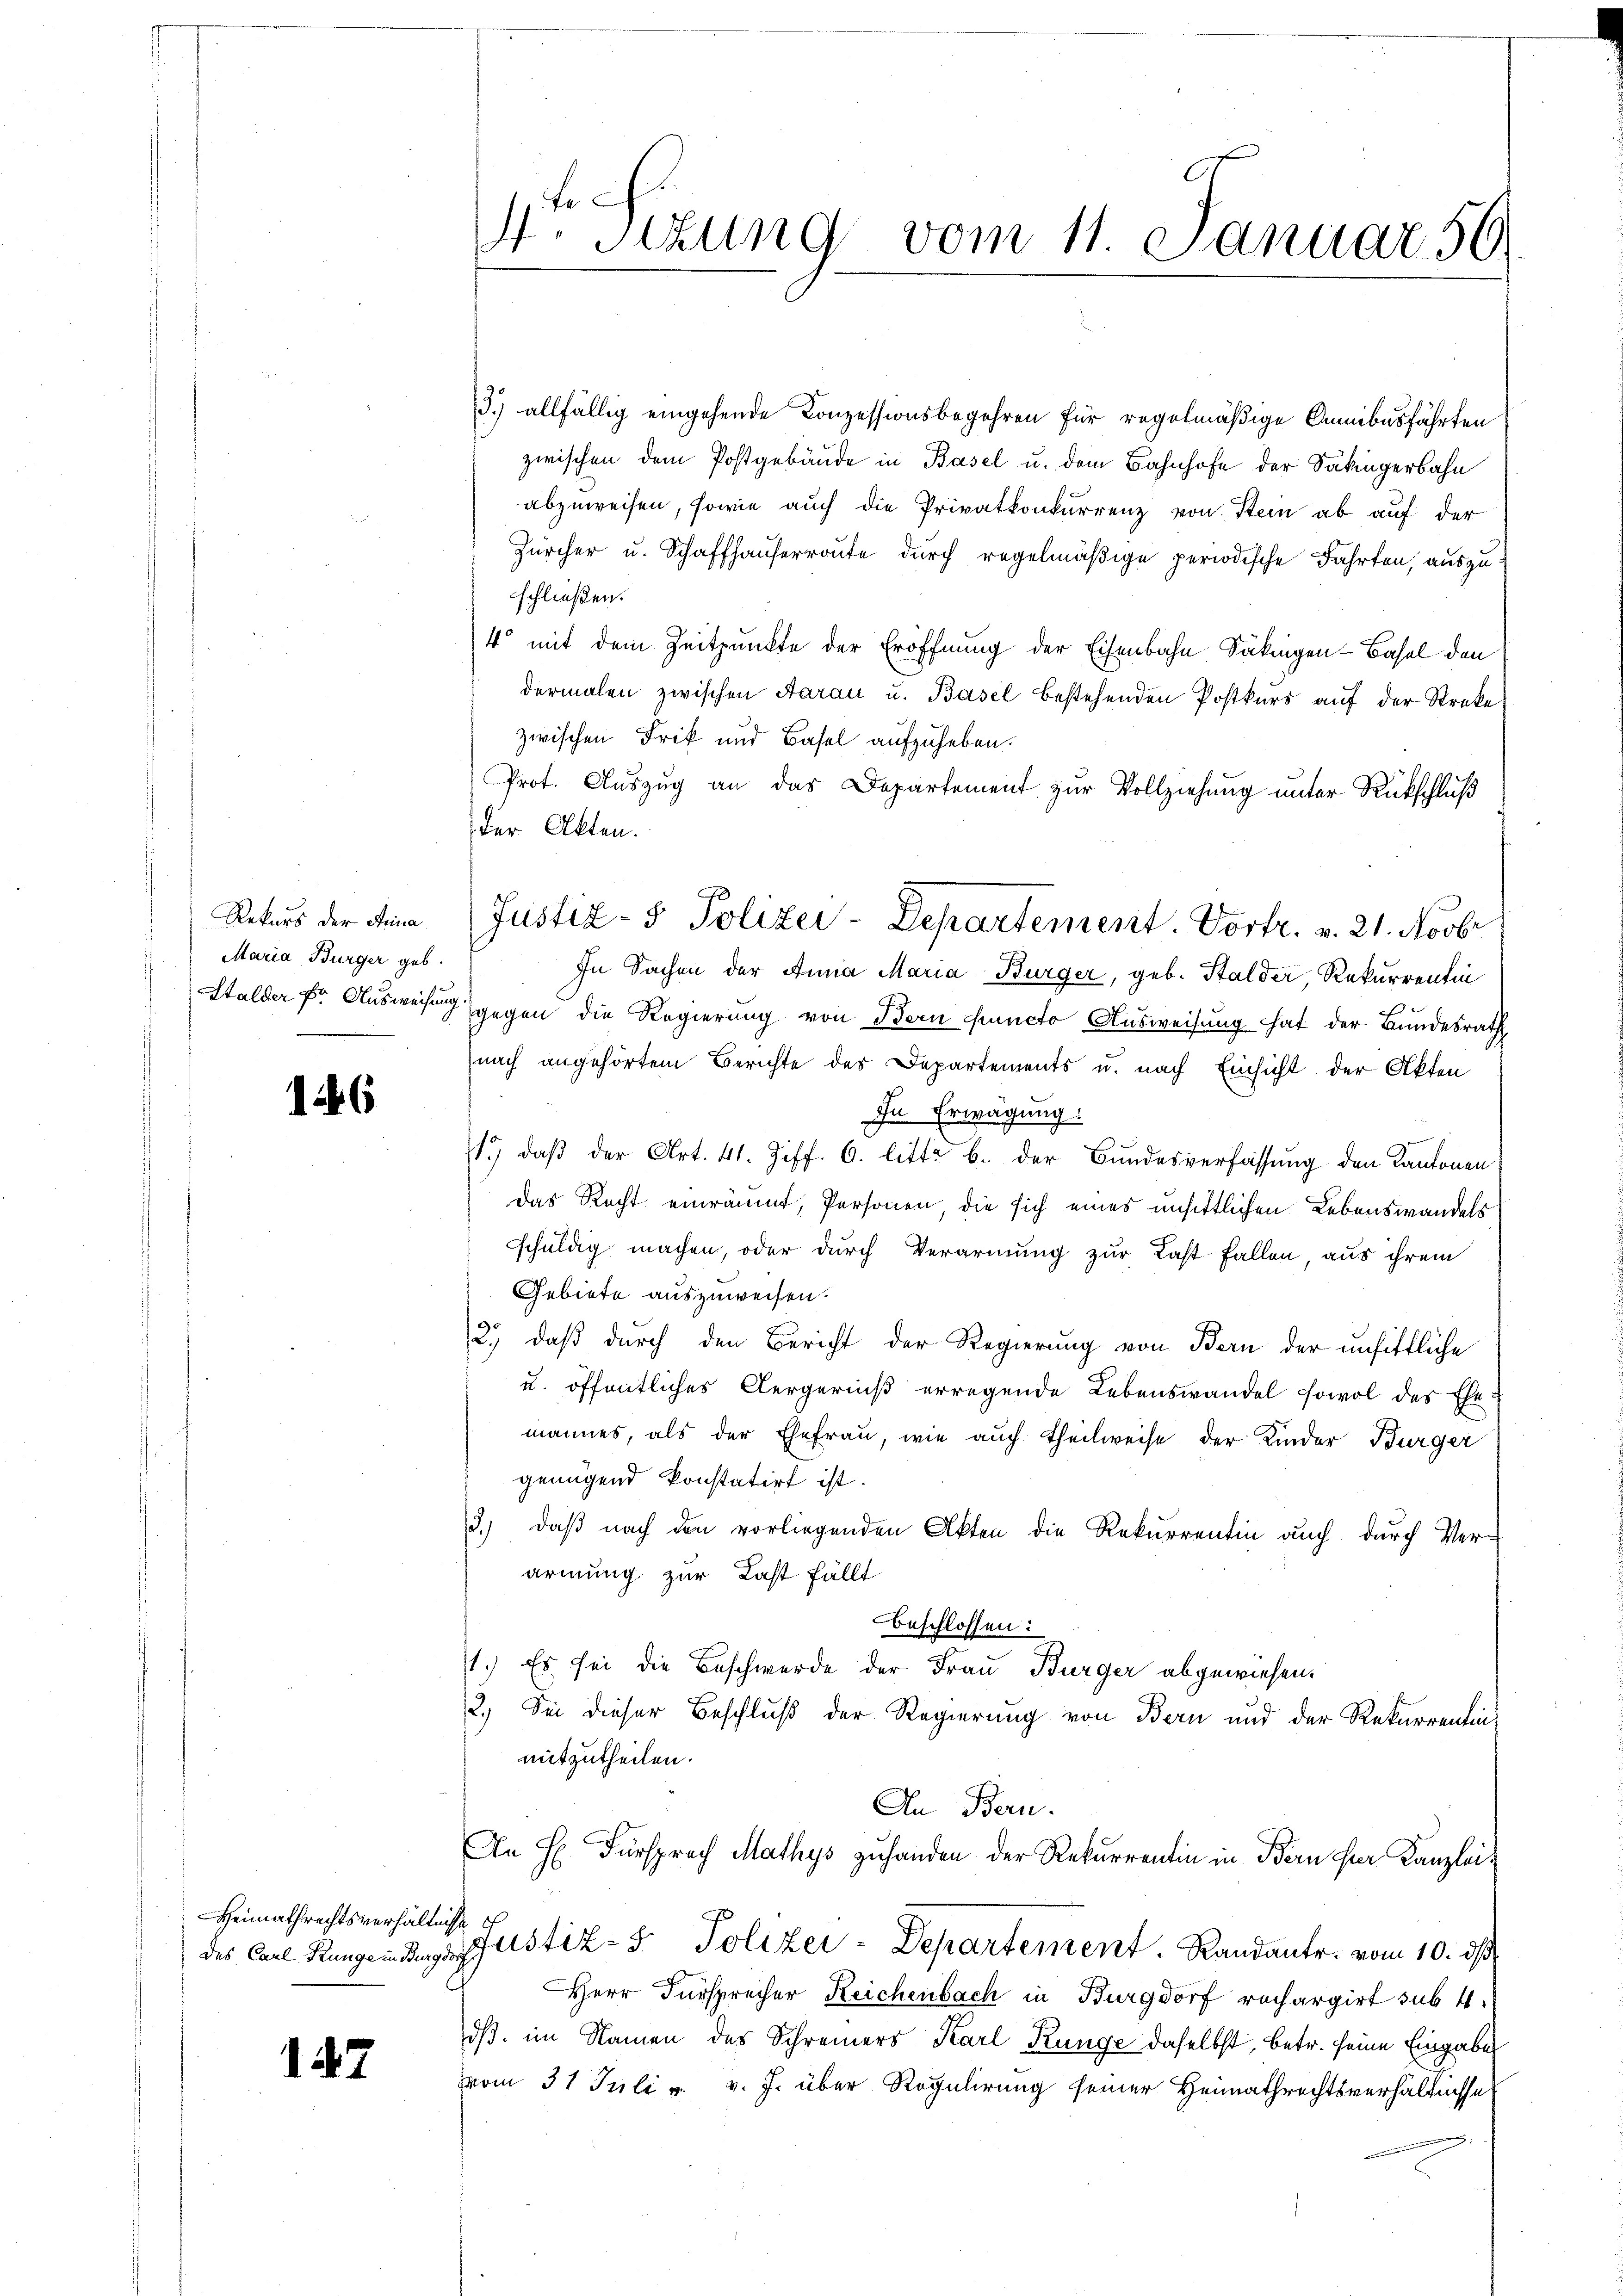
Rekurs der Anna
Maria Bürger geb.

126

Heimathrechtsverhältnis

147

4. Sizung vom 11. Januar 56

3.) allfällig eingehende Konzessionsbegehren für regelmäßige Anmibusführten
zwischen dem Postgebäude in Basel u. dem Bahnhofe der Säkingerbahn
abzuweisen, sowie auch die Privatkonkurrenz von Stein ab auf der
Zürcher u. Schaffhauserroute durch regelmäßige periodische Fahrten, auszu
schließen.
4 mit dem Zeitpunkte der Eröffnung der Eisenbahn Säkingen-Basel den
dermalen zwischen Aarau u. Basel bestehenden Postkurs auf der Streke
zwischen Frik und Basel aufzuheben.
Prot. Auszug an das Departement zur Vollziehung unter Rückschluß
der Akten.
In Sachen der Anna Maria Bürger, geb. Stalder, Rekurrentin
Halder fr. Ausweisung gegen die Regierung von Bern Puncto Ausweisung hat der Bundesrath
nach angehörtem Berichte des Departements u. nach Einsicht der Akten
In Erwägung:
1. daβ der Art. 41. Ziff. 6. litt. b. der Bundesverfassung den Kantonen
Das Recht einräumt, Personen, die sich eines unsittlichen Lebenswandels
schuldig machen, oder durch Verarmung zur Last fallen, aus ihrem
Gebiete auszuweisen.
2.) daß durch den Bericht der Regierung von Bern der unsittliche
u. öffentliches Aergernnß erregende Lebenswandel sowol des Ehemannes, als der Ehefrau, wie auch Theilweise der Kinder Bürger
genügend konstatirt ist.
,
daß nach den vorliegenden Akten die Rekurrentin auch durch Ver-
armung zur Last fällt
beschlossen:
1.) Es sei die Beschwerde der Frau Bürger abgewiesen.
2.) Sei dieser Beschluß der Regierung von Bern und der Rekurrentin
mitzutheilen.
An Bern.
An H. Fürsprech Mathys zuhanden der Rekurrentin in Bern ser Kanzlei-
 4
des Carl Rangen Burgustiz- & Polizei-Departement. Randante. vom 10. ds
Herr Fürsprecher Reichenbach in Burgdorf rechargirt sub 4.
dß im Namen des Schreiners Karl Ringe daselbst, betr. seine Eingabe
vom 31 Juli v. v. J. über Regulirung seiner Heimathrechtsverhältnisse

Justiz- & Polizei-Departement. Vortr. v. 21. Novbr